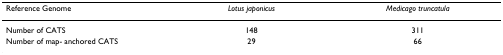
<table><thead><tr><td><b>Reference Genome</b></td><td><b><i>Lotus japonicus</i></b></td><td><b><i>Medicago truncatula</i></b></td></tr></thead><tbody><tr><td>Number of CATS</td><td>148</td><td>311</td></tr><tr><td>Number of map- anchored CATS</td><td>29</td><td>66</td></tr></tbody></table>